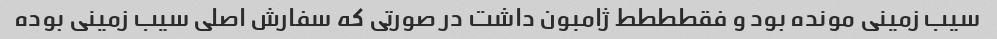
سیب زمینی مونده بود و فقطططط ژامبون داشت در صورتی که سفارش اصلی سیب زمینی بوده